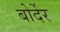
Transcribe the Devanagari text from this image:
बोर्देर